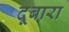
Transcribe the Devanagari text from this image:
दूबारा